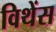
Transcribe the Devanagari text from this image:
विथेंस